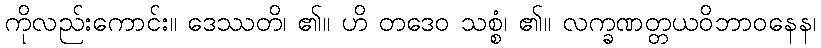
ကိုလည်းကောင်း။ ဒေဿတိ၊ ၏။ ဟိ တဒေဝ သစ္စံ၊ ၏။ လက္ခဏတ္တယဝိဘာဝနေန၊